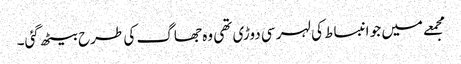
مجمعے میں جو انبساط کی لہر سی دوڑی تھی وہ جھاگ کی طرح بیٹھ گئی۔